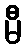
မီ